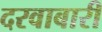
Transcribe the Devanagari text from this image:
दरवाबारी